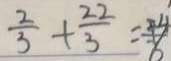
\frac { 2 } { 3 } + \frac { 2 2 } { 3 } = \frac { 2 4 } { 6 }